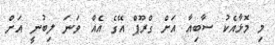
މި މޮޅާއެކު ސާބިއާ އަށް ގްރޫޕް އޭގެ އެއް ވަނަ ލިބުނީ އަށް